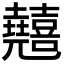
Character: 𠓘